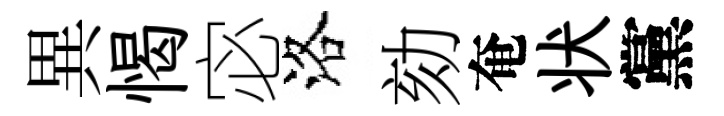
異愒宓洛劾奄状黨